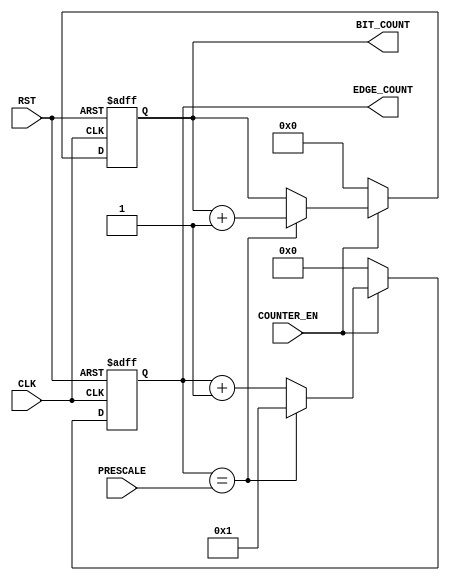
module RX_EdgeBitCounter (
 input  wire       COUNTER_EN,
 input  wire [4:0] PRESCALE,
 input  wire       CLK,RST,
 output reg  [3:0] BIT_COUNT,
 output reg  [4:0] EDGE_COUNT
 );
 
 /*Edges Counter*/
 always @ (posedge CLK, negedge RST)
  begin
   if(!RST)
    EDGE_COUNT <= 0 ;
   else if (COUNTER_EN)
    begin
	 if(EDGE_COUNT==PRESCALE)
	  EDGE_COUNT <= 1 ;
	 else
	  EDGE_COUNT <= EDGE_COUNT + 1 ;
	end
   else
    EDGE_COUNT <= 0 ;
  end
  
  /*Bits Counter*/
 always @ (posedge CLK, negedge RST)
  begin
   if(!RST)
    BIT_COUNT <= 0 ;
   else if (COUNTER_EN)
    begin
	 if(EDGE_COUNT==PRESCALE)
	  BIT_COUNT <= BIT_COUNT + 1 ;
	end
   else
    BIT_COUNT <= 0 ;
  end

endmodule